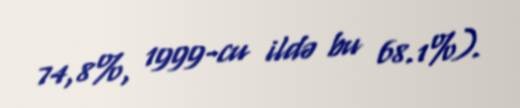
74,8%, 1999-cu ildə bu 68.1%).